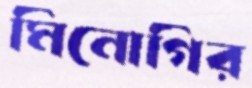
মিনোগির